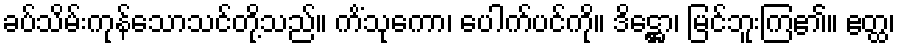
ခပ်သိမ်းကုန်သောသင်တို့သည်။ ကိံသုကော၊ ပေါက်ပင်ကို။ ဒိဋ္ဌော၊ မြင်ဘူးကြ၏။ ဧတ္ထ၊